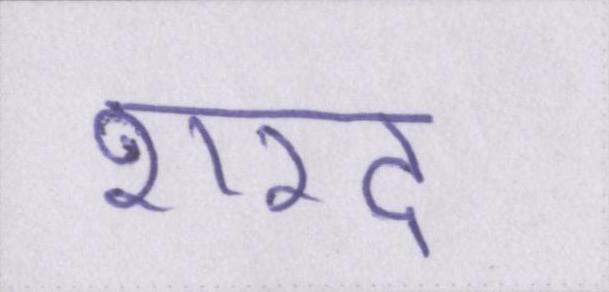
शरद